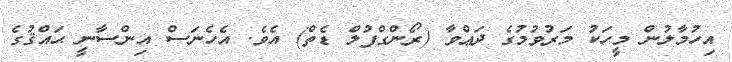
އިހުމާލުން މީހަކު މަރުވުމުގެ ދަޢްވާ (ރޯންގްފުލް ޑެތް) އެވެ. އެހެނަސް އިންސާނީ ޙައްޤުގެ